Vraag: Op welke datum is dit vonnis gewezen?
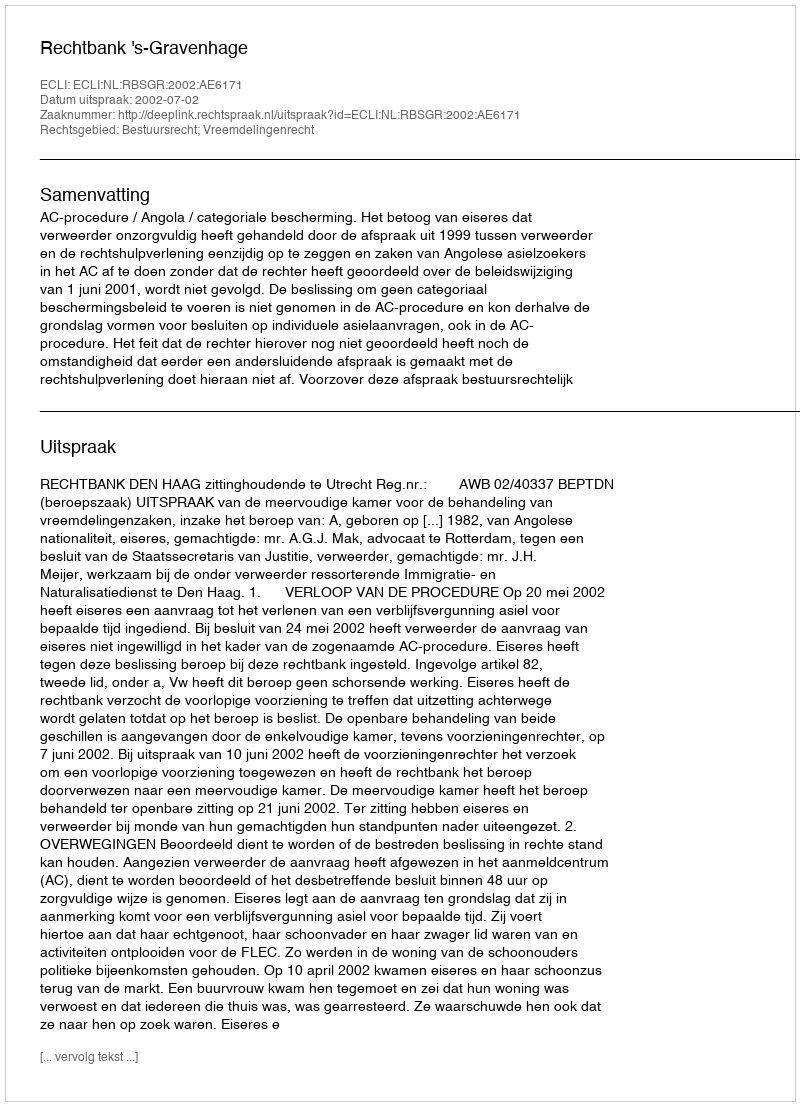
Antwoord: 2002-07-02